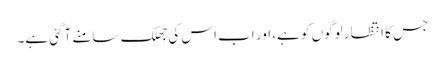
جس کا انتظار لوگوں کو ہے، اور اب اس کی جھلک سامنے آگئی ہے۔